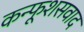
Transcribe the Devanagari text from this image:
कन्फूशसवाद